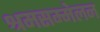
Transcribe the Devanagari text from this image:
श्रमसम्मेलन